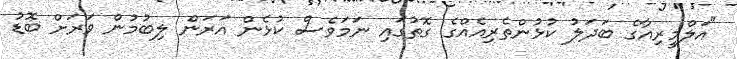
"އަލްމީރިއާގެ ބަދަލު ކުޅުންތެރިއެއްގެ ގޮތުގައި ނަމަވެސް ކުޅެން އަރަން ލިބުމުން ވަރަށް ބޮޑު